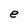
Character: e